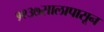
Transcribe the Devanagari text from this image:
१९३७सालापासून